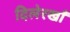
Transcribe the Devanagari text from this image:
दिलेरखाँ